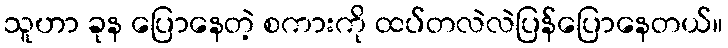
သူဟာ ခုန ပြောနေတဲ့ စကားကို ထပ်တလဲလဲပြန်ပြောနေတယ်။